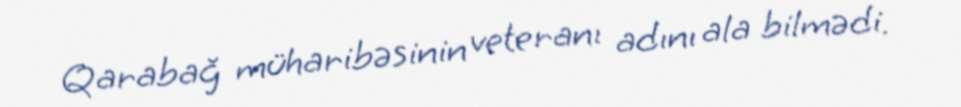
Qarabağ müharibəsinin veteranı adını ala bilmədi.